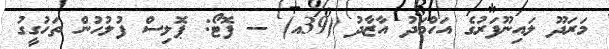
މަރަދޫ ލައިނޫފަރުގެ އަހްމަދު އާޒާދު (39އ) -- ފޮޓޯ: ޕޮލިސް ފުލުހުން ތަހުގީގު